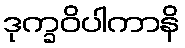
ဒုက္ခဝိပါကာနိ